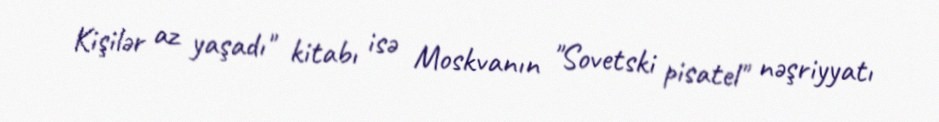
Kişilər az yaşadı" kitabı isə Moskvanın "Sovetski pisatel" nəşriyyatı